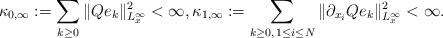
LaTeX: \begin{align*}\kappa_{0,\infty}:=\sum_{k\geq 0}\|Qe_k\|^2_{L^{\infty}_x}<\infty,\kappa_{1,\infty}:=\sum_{k\geq 0, \,1\leq i\leq N}\|\partial_{x_i}Qe_k\|^2_{L^{\infty}_x}<\infty.\end{align*}